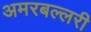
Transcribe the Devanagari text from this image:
अमरबल्लरी